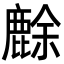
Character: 𪊸